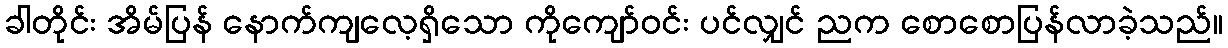
ခါတိုင်း အိမ်ပြန် နောက်ကျလေ့ရှိသော ကိုကျော်ဝင်း ပင်လျှင် ညက စောစောပြန်လာခဲ့သည်။